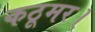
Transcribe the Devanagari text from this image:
कठूमर।